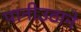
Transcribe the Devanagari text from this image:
पानीउठाने